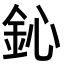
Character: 鈊